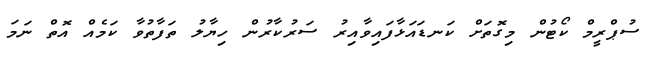
ސުޕްރީމް ކޯޓުން މިގޮތަށް ކަނޑައަޅާފައިވާއިރު ސަރުކާރުން ހިޔާލު ތަފާތުވާ ކަމެއް އޮތް ނަމަ